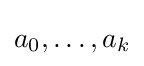
a_{0},\ldots ,a_{k}